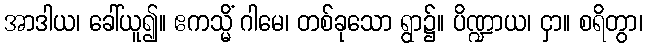
အာဒါယ၊ ခေါ်ယူ၍။ ဧကသ္မိံ ဂါမေ၊ တစ်ခုသော ရွာ၌။ ပိဏ္ဍာယ၊ ငှာ။ စရိတွာ၊